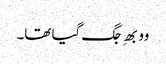
وو بھِ جگ گیا تھا۔